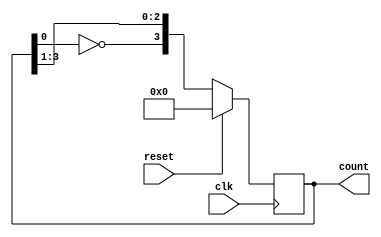
// _________________________________________________________
// Johnson Counter..........................................
// _________________________________________________________


module Johnson_Counter(count,clk,reset);
  
  output reg [3:0] count;
  input clk, reset;
  
  always @(negedge clk)
    begin
      if(reset)
        count=4'b0;
      else
        count={~count[0], count[3:1]};
    end
endmodule